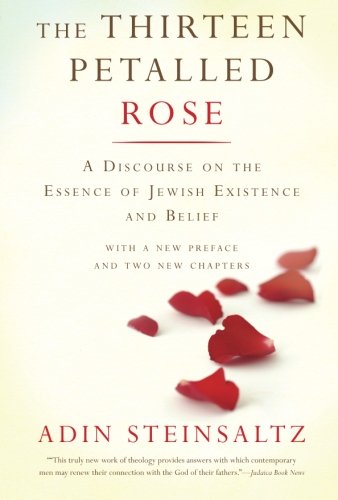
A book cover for The Thirteen Petalled Rose: A Discourse On The Essence Of Jewish Existence And Belief; Adin Steinsaltz; Religion & Spirituality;